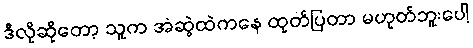
ဒီလိုဆိုတော့ သူက အံဆွဲထဲကနေ ထုတ်ပြတာ မဟုတ်ဘူးပေါ့